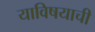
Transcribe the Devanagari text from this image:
याविषयाची